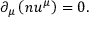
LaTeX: \partial _ { \mu } \left( n u ^ { \mu } \right) = 0 .